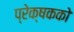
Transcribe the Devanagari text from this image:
प्रेक्षकको